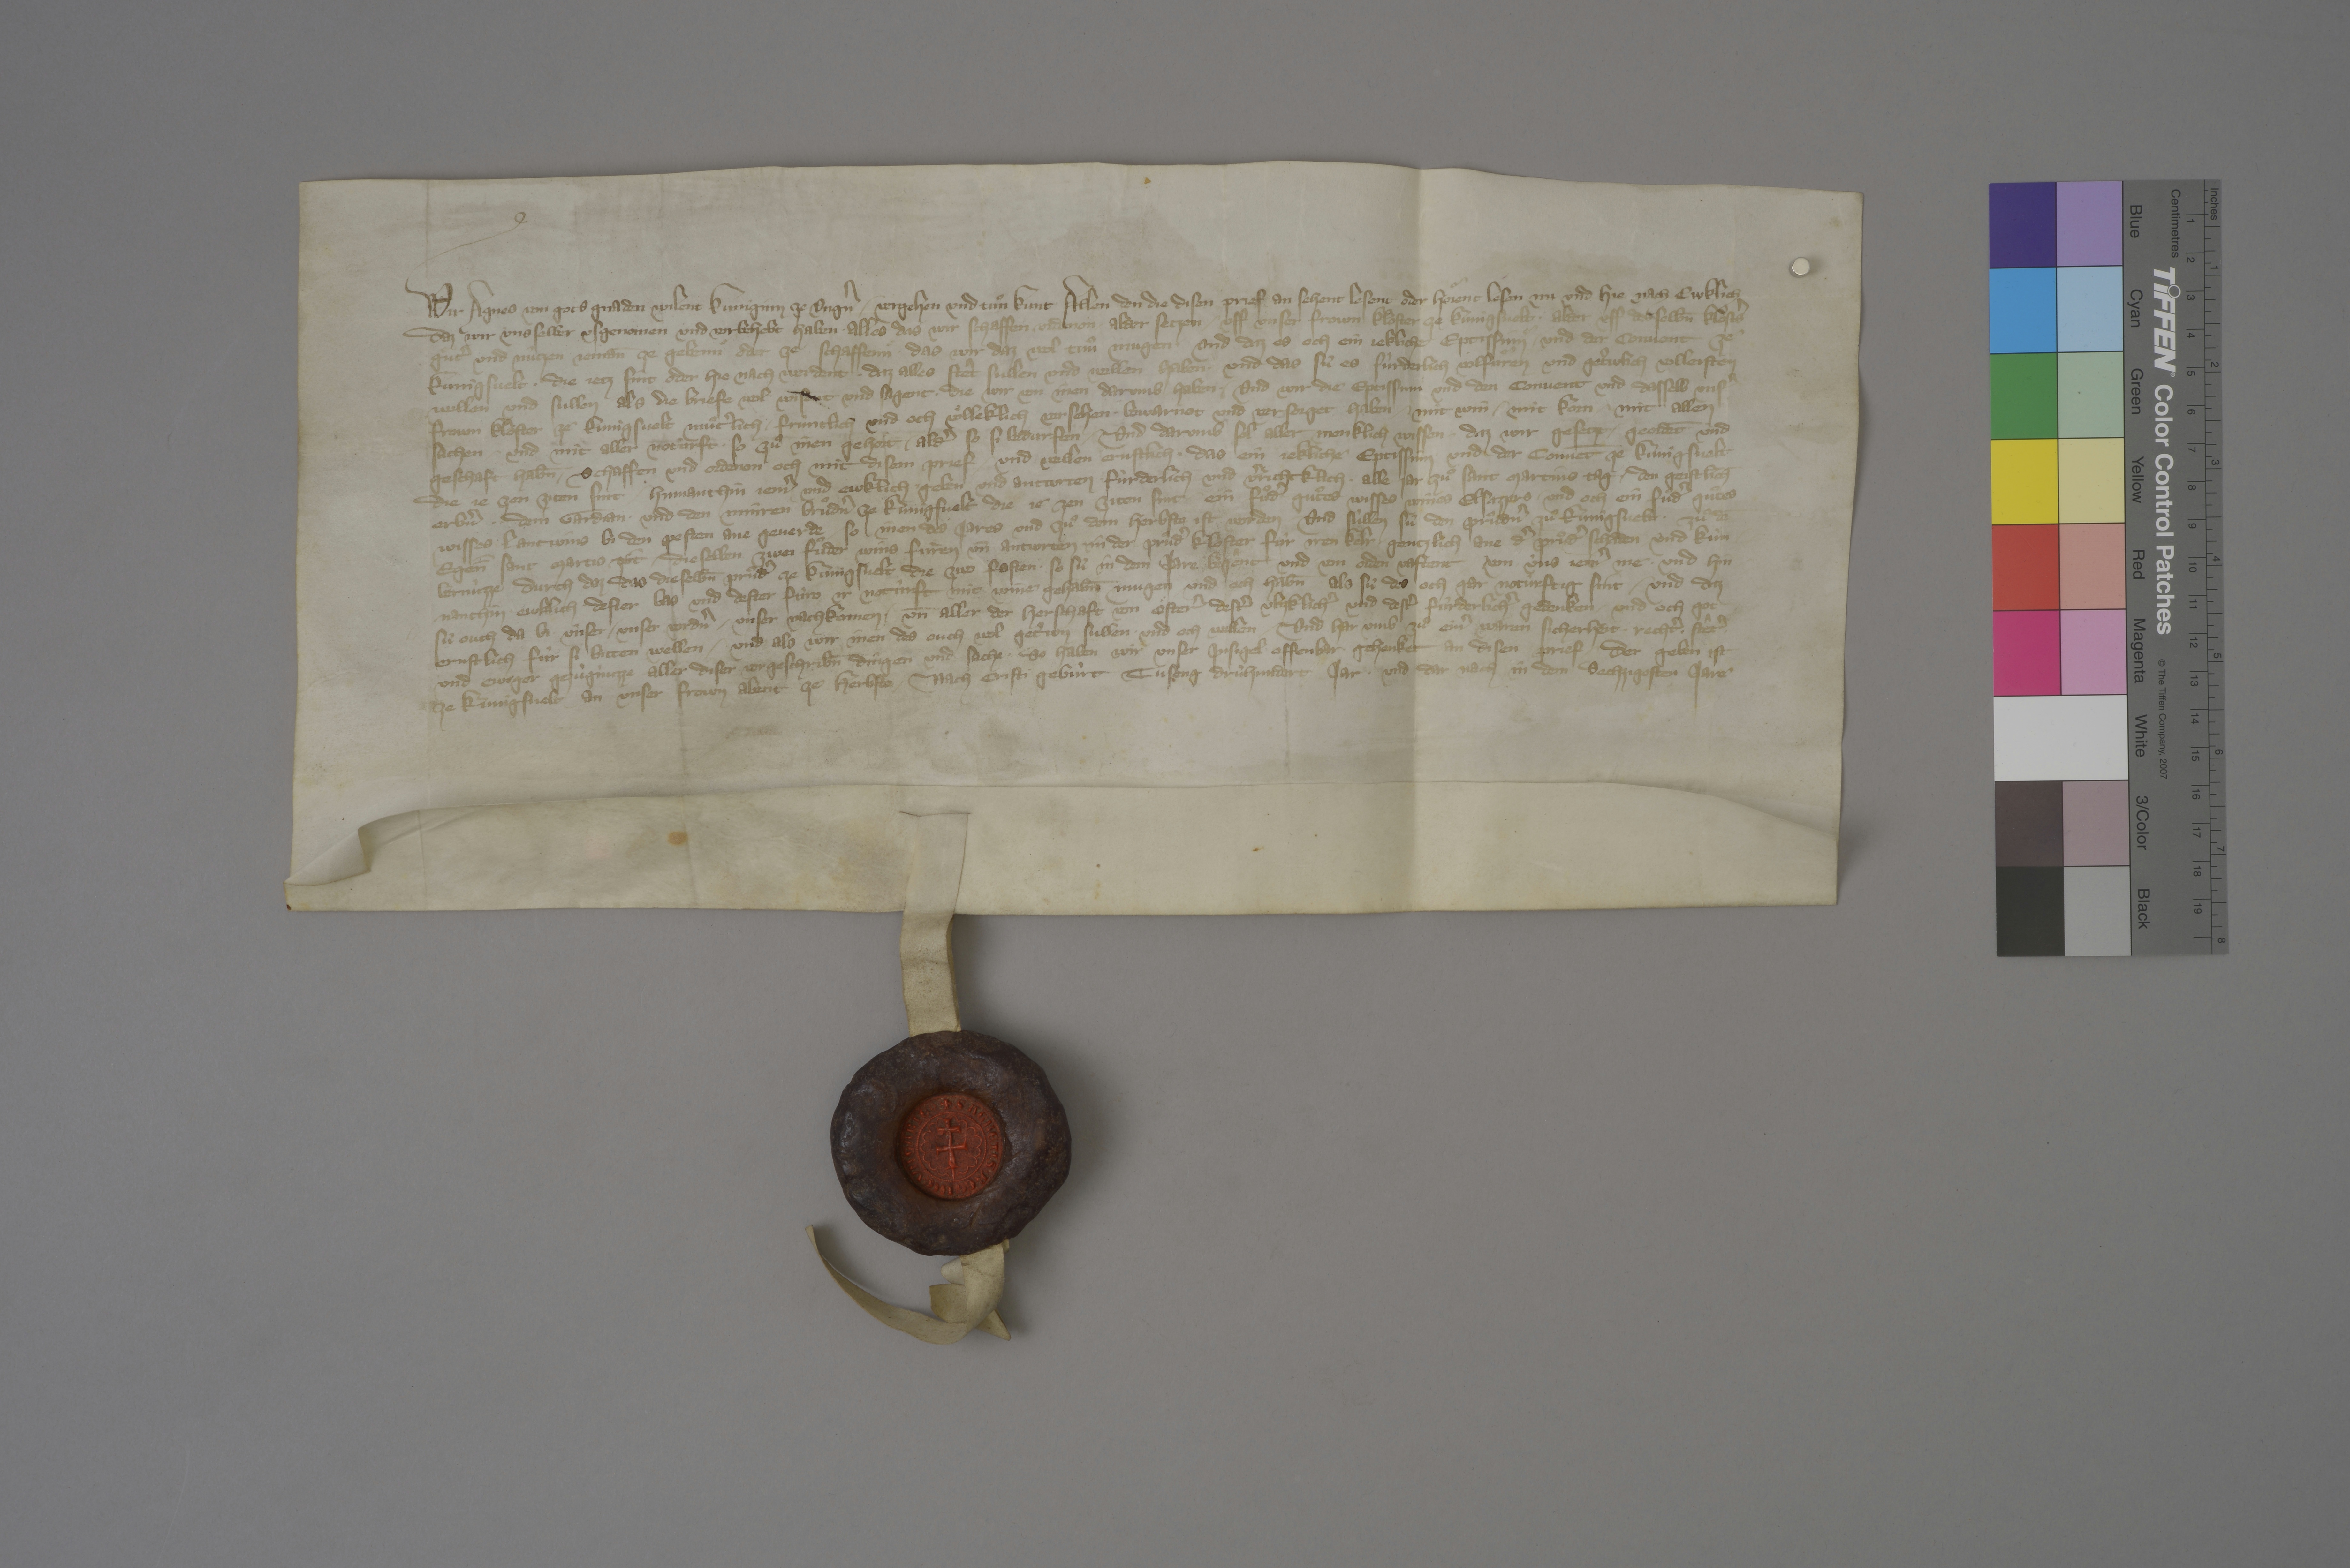
Transcription:
Wir, Agnes, von gots gnaden wilent kuniginn ze Ungˀn, ✳ vergehen und tuͦn kunt allen den, die disen prief an sehent, lesent oder hoͤrent lesen nu und hie nach ewklich,
daz wir uns selber usgenomen und vorbehebt haben, ✳ alles, das wir schaffen, ✳ ordenon ✳ alder setzen ✳ uff unser frown kloster ze Kùnigsvelt ✳ alder uff desselb̄n klostsˀ
guͤtˀ und nûtzen, jeman̄ ze gebennͤ oder ze schaffennͤ, ✳ das wir daz wol tuͦn mugen, ✳ und daz es och ein jekliche eptissinnͤ ✳ und der convent ze
Kùnigsvelt, ✳ die jetz sint oder hie nach werdent, ✳ daz alles stêt sullen und wellen haben ✳ und das sû es fûrderlich volfuͦren und getˀwlich volleisten
willen und sullen, ✳ als die briefe wol wisent und sagent, ✳ die wir von inen darumb haben, ✳ und wir die eptissinnͤ und den convent und dasselb unsˀ
frown kloster ze Kùnigsvelt muͦtˀlich, ✳ frùntlich und och voͤlleklich versehen, ✳ bewarnot und versorget haben ✳ mit win, ✳ mit korn, ✳ mit allen
sachen ✳ und mit aller noturft, ✳ so zuͦ inen gehoͤrt ✳ aldˀ so si bedurfen. ✳ und darumb sol aller menklich wissen, ✳ daz wir gesetzt, ✳ geordēt und
geschaft hab̄n, ✳ schaffen und ordenon och mit disem prief ✳ und wellen ernstlich, ✳ das ein jekliche eptissinn und der convēt ze Kùnigsvelt,
die je zen ziten sint, ✳ hinnanthin jemˀ und ewklich geben und antwrten ✳ fùrderlich und vˀrichtklich ✳ alle jar zuͦ sant Martins tag ✳ den geistlich̄,
erbˀn, ✳ ✳ dem gardian ✳ und den Minren Bruͦdnˀ ze Kùnigsvelt, die je zen ziten sint, ✳ ein fuͦdˀ gutͦes wisses wines, Elsazzers, ✳ und och ein fuͦdˀ guͦtes
wisses lantwins bi den pesten, ane geverde, ✳ so inen des jares und zuͦ dem herbste ist worden. ✳ und sùllen sû den pruͦdnˀ zuͦ Kùngisvelt ✳ zuͦ dē
egen̄̄ sant Martis zit ✳ dieselben zwei fuͦder wins fuͤren un̄ antwrten in der pruͦdˀ kloster fûr iren kelr, ✳ gentzlich ane dˀ pruͦdˀ schaden ✳ und kùn¬
bernùzze, durch daz, das dieselb̄n pruͦdˀ ze Kùnigsvelt die zwo fasten, ✳ so sû in dem jare begeͣnt und von orden vastent, ✳ von ùns jemˀ me ✳ und hin¬
nanthin ewklich dester bas und dester fùro ir notûrft mit wine gehab̄n mugen ✳ und och hab̄n, als sû des och gar notûrftig sint, ✳ und daz
sû ouch da bi ùnser, ✳ unser vordnˀ, ✳ unser nachkomen ✳ un̄ aller der herschaft von Oͤsterˀ destˀ vlizklichˀ und destˀ fûrderlichˀ gedenken ✳ und och got
ernstlich fûr si bitten wellen, ✳ und als wir inen des ouch wol getˀwn sullen ✳ und och wellen. ✳ und har umb zuͦ einˀ waren sicherheit, ✳ rechtˀ, ✳ stêtˀ ✳
und ewiger gezùgnùzze aller diser vorgeschrib̄n dingen und sache, ✳ so haben wir unser insigel ✳ offenbar ✳ gehenket an disen prief, ✳ der geben ist
ze Kùnigsvelt an unser frown abent ze herbste, ✳ nach Cristi gebùrt tuseng drùhundert jar ✳ und dar nach in dem sechzigosten jare.